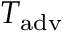
T _ { \mathrm { a d v } }